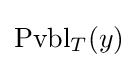
\operatorname {Pvbl} _{T}(y)